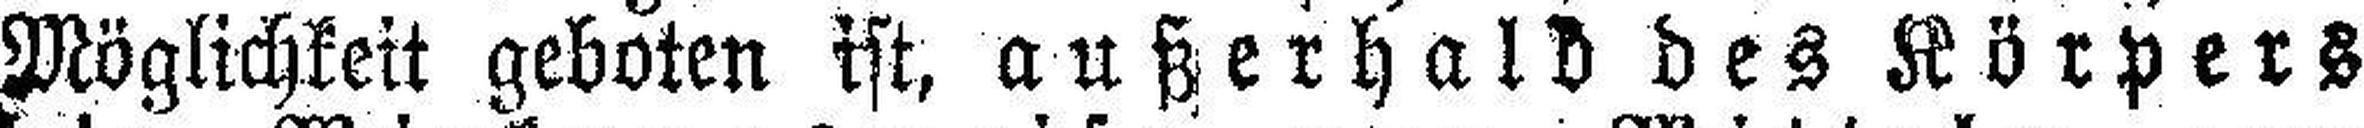
Möglichkeit geboten ist, außerhalb des Körpers